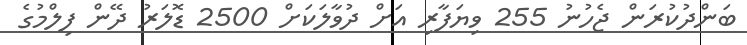
ބަންދުކުރަން ޖެހުނު 255 ވިޔަފާރި އަށް ދުވާލަކަށް 2500 ޑޮލަރު ދޭން ފިލްމުގެ